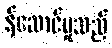
န်ဆောင်မှုသည်